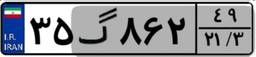
۳۴گ۱۳۰۹۸